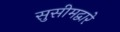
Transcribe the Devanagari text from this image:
सुसीमद्वारे